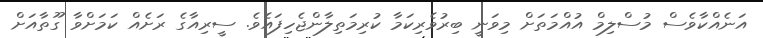
އަނެއްކާވެސް މުސްލިމް އުއްމަތަށް މިވަނީ ބިރުވެރިކަމާ ކުރިމަތިލާންޖެހިފައެވެ. ސީރިއާގެ ރަށެއް ކަމަށްވާ ގޫތާއަށް